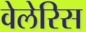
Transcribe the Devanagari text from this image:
वेलेरिस